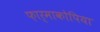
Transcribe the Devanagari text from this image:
फ़ार्माकोपिया